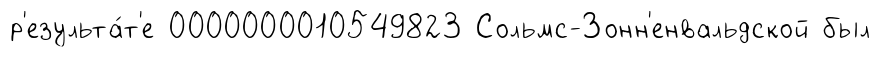
р'езульта́т'е 0000000010549823 Сольмс-Зонн'енвальдской был